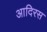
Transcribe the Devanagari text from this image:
आदिरस